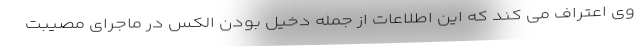
وی اعتراف می کند که این اطلاعات از جمله دخیل بودن الکس در ماجرای مصیبت